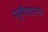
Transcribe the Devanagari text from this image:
पहुँचाएगा।